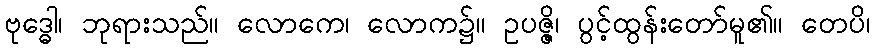
ဗုဒ္ဓေါ၊ ဘုရားသည်။ လောကေ၊ လောက၌။ ဥပဇ္ဇိ၊ ပွင့်ထွန်းတော်မူ၏။ တေပိ၊